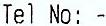
TEL NO: -